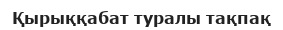
Қырыққабат туралы тақпақ